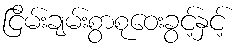
ငြိမ်းချမ်းစွာစုဝေးခွင့်နှင့်